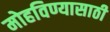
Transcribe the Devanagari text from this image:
मोहविण्यासाठी